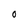
Character: 0